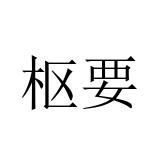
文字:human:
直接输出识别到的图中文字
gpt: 枢要